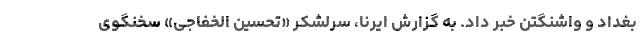
بغداد و واشنگتن خبر داد. به گزارش ایرنا، سرلشکر «تحسین الخفاجی» سخنگوی